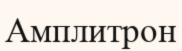
Амплитрон